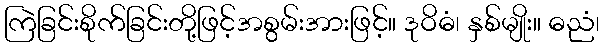
ကြဲခြင်းစိုက်ခြင်းတို့ဖြင့်အစွမ်းအားဖြင့်။ ဒုဝိဓံ၊ နှစ်မျိုး။ ဓညံ၊